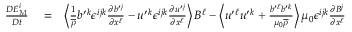
\begin{array} { r l r } { \frac { D E _ { \mathrm { { M } } } ^ { i } } { D t } } & { { } = } & { \left\langle { \frac { 1 } { \overline { { \rho } } } b ^ { \prime } { } ^ { k } \epsilon ^ { i j k } \frac { \partial b ^ { \prime } { } ^ { j } } { \partial x ^ { \ell } } - u ^ { \prime } { } ^ { k } \epsilon ^ { i j k } \frac { \partial u ^ { \prime } { } ^ { j } } { \partial x ^ { \ell } } } \right\rangle B ^ { \ell } - \left\langle { u ^ { \prime } { } ^ { \ell } u ^ { \prime } { } ^ { k } + \frac { b ^ { \prime } { } ^ { \ell } b ^ { \prime } { } ^ { k } } { \mu _ { 0 } \overline { { \rho } } } } \right\rangle \mu _ { 0 } \epsilon ^ { i j k } \frac { \partial B ^ { j } } { \partial x ^ { \ell } } } \end{array}